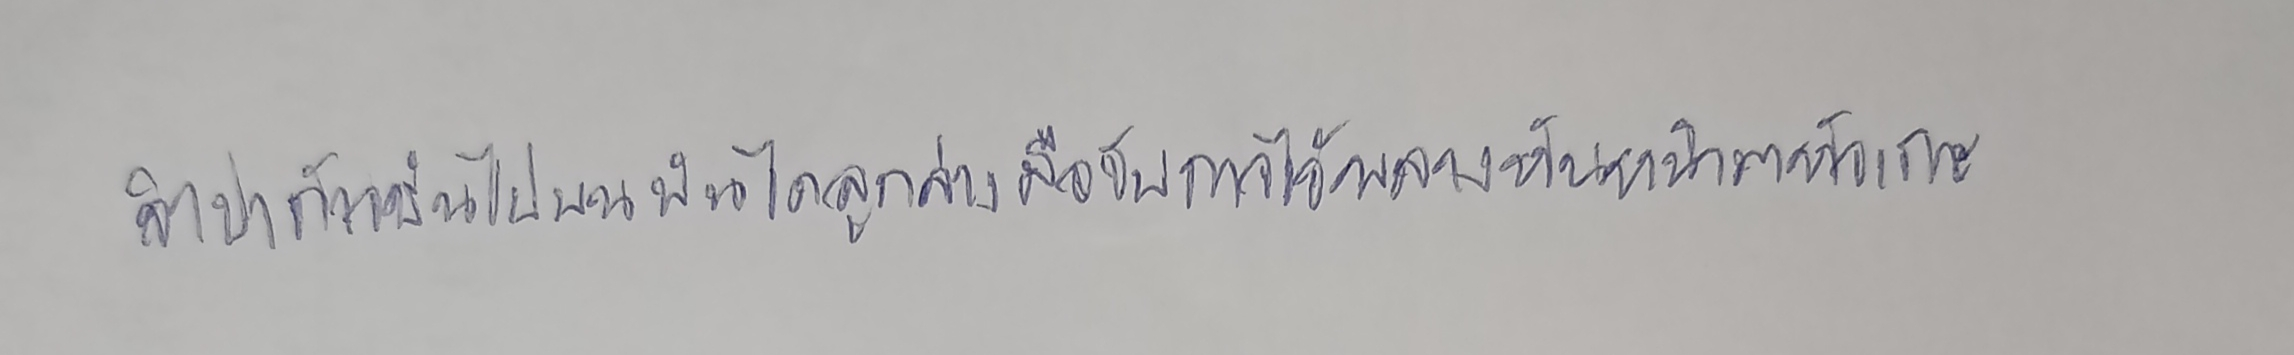
จำปาก้าวขึ้นไปบนบันไดลูกล่างมือจับราวไว้พลางหันหน้ามาหัวเราะ